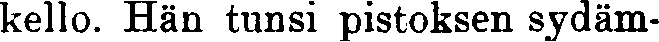
kello. Hän tunsi pistoksen sydäm-